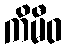
ကိမီဝ